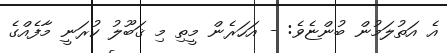
އެ އަތުލަމުން ބުންޏެވެ: - އަހަރެން މީތި މި ޤަބޫލު ކުރަނީ މާފެއްގެ